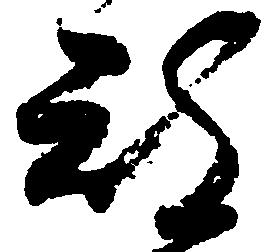
被